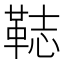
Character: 𩊴